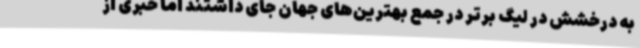
به درخشش در لیگ برتر در جمع بهترین‌های جهان جای داشتند اما خبری از